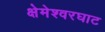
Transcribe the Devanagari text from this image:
क्षेमेश्वरघाट